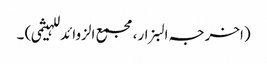
(اخرجہ البزار،مجمع الزوائد للہیثمی) ۔